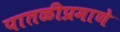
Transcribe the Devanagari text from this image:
पातळीप्रमाणे